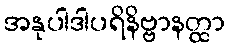
အနုပါဒါပရိနိဗ္ဗာနတ္ထာ